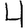
Digit: 4